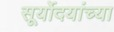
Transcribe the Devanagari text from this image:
सूर्योदयांच्या